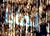
لماذا